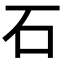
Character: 石